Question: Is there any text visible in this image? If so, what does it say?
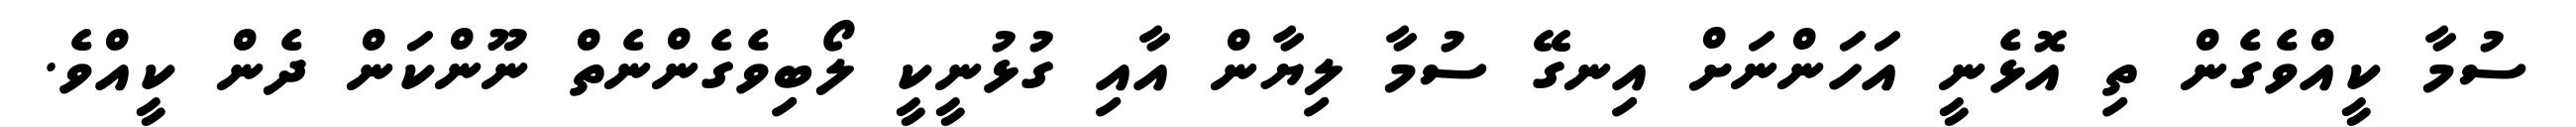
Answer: ސުމާ ކީއްވެގެން ތި އޮޅެނީ އަހަންނަށް އިނގޭ ސުމާ ލިޔާން އާއި ގުޅުނީކީ ލޯބިވެގެންނެތް ނޫންކަން ދެން ކީއްވެ.